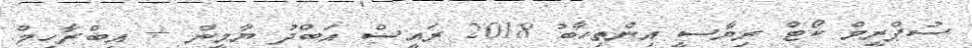
ސުޕްރީމް ކޯޓް ރިޔާސީ އިންތިހާބު 2018 ރައީސް އަބްދު ޔާމީން + އިބްރާހިމް